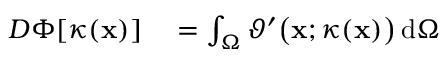
\begin{array} { r l } { D \Phi [ \kappa ( \mathbf { x } ) ] } & { { } = \int _ { \Omega } \vartheta ^ { \prime } \big ( \mathbf { x } ; \kappa ( \mathbf { x } ) \big ) \, \mathrm { d } \Omega } \end{array}